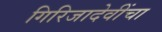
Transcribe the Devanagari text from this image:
गिरिजादेवींचा